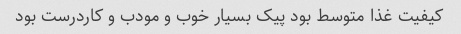
کیفیت غذا متوسط بود پیک بسیار خوب و مودب و کاردرست بود